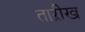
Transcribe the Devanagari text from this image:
ताऱीख